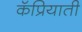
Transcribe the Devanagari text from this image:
कॅप्रियाती